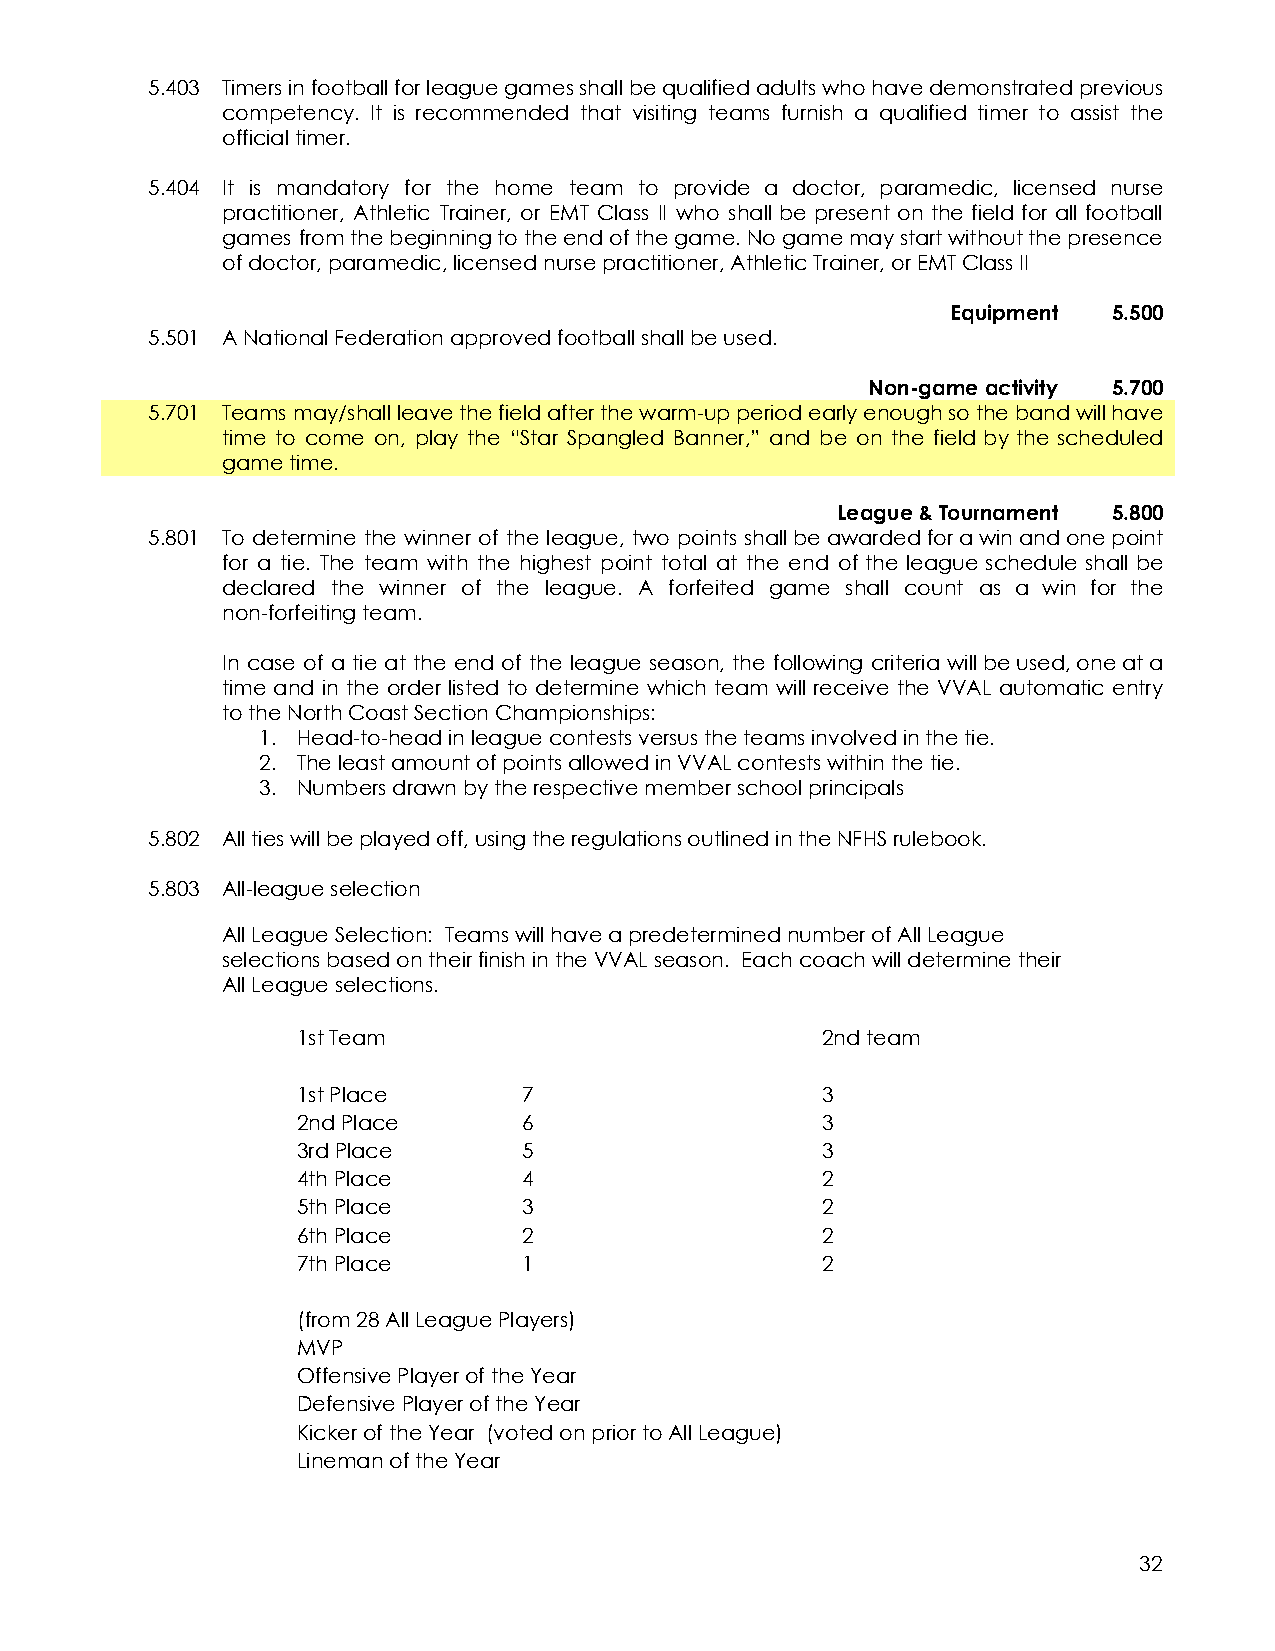
5.403 Timersinfootballforleaguegamesshallbequalifiedadultswhohavedemonstratedprevious
 competency. It is recommended that visiting teams furnish a qualified timer to assist the
 official timer.
 5.404 It is mandatory for the home team to provide a doctor, paramedic, licensed nurse
 practitioner, Athletic Trainer, or EMT Class II who shall be present on the field for all football
 games fromthebeginningtotheendofthegame.Nogamemaystartwithoutthepresence
 of doctor, paramedic, licensed nurse practitioner, Athletic Trainer, or EMT Class II
 Equipment  5.500
 5.501 A National Federation approved football shall be used.
 Non-game activity 5.700
 5.701 Teams may/shallleavethefieldafterthewarm-upperiodearlyenoughsothebandwillhave
 time to come on, play the “Star Spangled Banner,” and be on the field by the scheduled
 game time.
 League & Tournament 5.800
 5.801 To determine the winner of the league, two points shallbeawardedforawinandonepoint
 for a tie. The team with the highest point total at the end of the league schedule shall be
 declared the winner of the league. A forfeited game shall count as a win for the
 non-forfeiting team.
 In case of a tie at the end of the league season, the following criteria willbeused,oneata
 time and in the order listed to determine which team will receive the VVAL automatic entry
 to the North Coast Section Championships:
 1. Head-to-head in league contests versus the teams involved in the tie.
 2. The least amount of points allowed in VVAL contests within the tie.
 3. Numbers drawn by the respective member school principals
 5.802 All ties will be played off, using the regulations outlined in the NFHS rulebook.
 5.803 All-league selection
 All League Selection: Teams will have a predetermined number of All League
 selections based on their finish in the VVAL season. Each coach will determine their
 All League selections.
 1st Team                          2nd team
 1st Place      7                  3
 2nd Place      6                  3
 3rd Place      5                  3
 4th Place      4                  2
 5th Place      3                  2
 6th Place      2                  2
 7th Place      1                  2
 (from 28 All League Players)
 MVP
 Offensive Player of the Year
 Defensive Player of the Year
 Kicker of the Year (voted on prior to All League)
 Lineman of the Year
 32